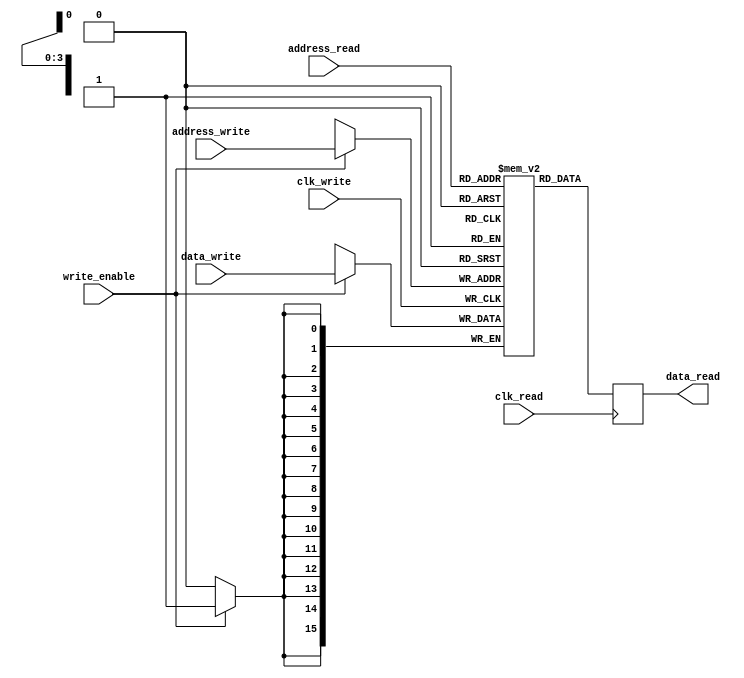

// 1 read port and 1 write port
 
module ram_new (clk_write, address_write,
  data_write, write_enable,
  clk_read, address_read, data_read);
  
  parameter D_WIDTH = 16;
  parameter A_WIDTH = 4;
  parameter A_MAX = 16;

  // Write port
  input                clk_write;
  input  [A_WIDTH-1:0] address_write;
  input  [D_WIDTH-1:0] data_write;
  input                write_enable;

  // Read port
  input                clk_read;
  input  [A_WIDTH-1:0] address_read;
  output [D_WIDTH-1:0] data_read;
  
  reg    [D_WIDTH-1:0] data_read;
  
  // Memory as multi-dimensional array
  reg [D_WIDTH-1:0] memory [A_MAX-1:0];

  // Write data to memory
  always @(posedge clk_write) begin
    if (write_enable) begin
      memory[address_write] <= data_write;
    end
  end

  // Read data from memory
  always @(posedge clk_read) begin
    data_read <= memory[address_read];
  end

endmodule


// Testbench
module test();

  reg        clk_write;
  reg  [4:0] address_write;
  reg  [7:0] data_write;
  reg        write_enable;
  reg        clk_read;
  reg  [4:0] address_read;
  wire [7:0] data_read;
  
  // Instantiate design under test
  // D_WIDTH = 8
  // A_WIDTH = 5
  // A_MAX = 2^A_WIDTH = 32
  ram_new #(8, 5, 32) RAM (
    .clk_write(clk_write),
    .address_write(address_write),
    .data_write(data_write),
    .write_enable(write_enable),
    .clk_read(clk_read),
    .address_read(address_read),
    .data_read(data_read));
    
  initial begin
    // Dump waves
    $dumpfile("dump.vcd");
    $dumpvars(1, test);
    
    clk_write = 0;
    clk_read = 0;
    write_enable = 0;
    address_read = 5'h1B;
    address_write = address_read;

    $display("Read initial data.");
    toggle_clk_read;
    $display("data[%0h]: %0h",
      address_read, data_read);
    
    $display("Write new data.");
    write_enable = 1;
    data_write = 8'hC5;
    toggle_clk_write;
    write_enable = 0;
    
    $display("Read new data.");
    toggle_clk_read;
    $display("data[%0h]: %0h",
      address_read, data_read);
  end
  
  task toggle_clk_write;
    begin
      #10 clk_write = ~clk_write;
      #10 clk_write = ~clk_write;
    end
  endtask

  task toggle_clk_read;
    begin
      #10 clk_read = ~clk_read;
      #10 clk_read = ~clk_read;
    end
  endtask

endmodule